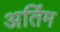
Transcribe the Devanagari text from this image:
अतिंम